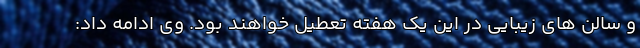
و سالن های زیبایی در این یک هفته تعطیل خواهند بود. وی ادامه داد: